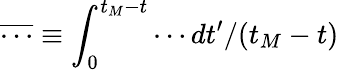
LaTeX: \overline{{\cdots}}\equiv\int_{0}^{t_{M}-t}\cdots dt^{\prime}/(t_{M}-t)